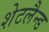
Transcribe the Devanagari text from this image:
शेटलैन्ड